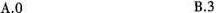
A.0 B.3